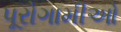
પૂરોગામીઓ